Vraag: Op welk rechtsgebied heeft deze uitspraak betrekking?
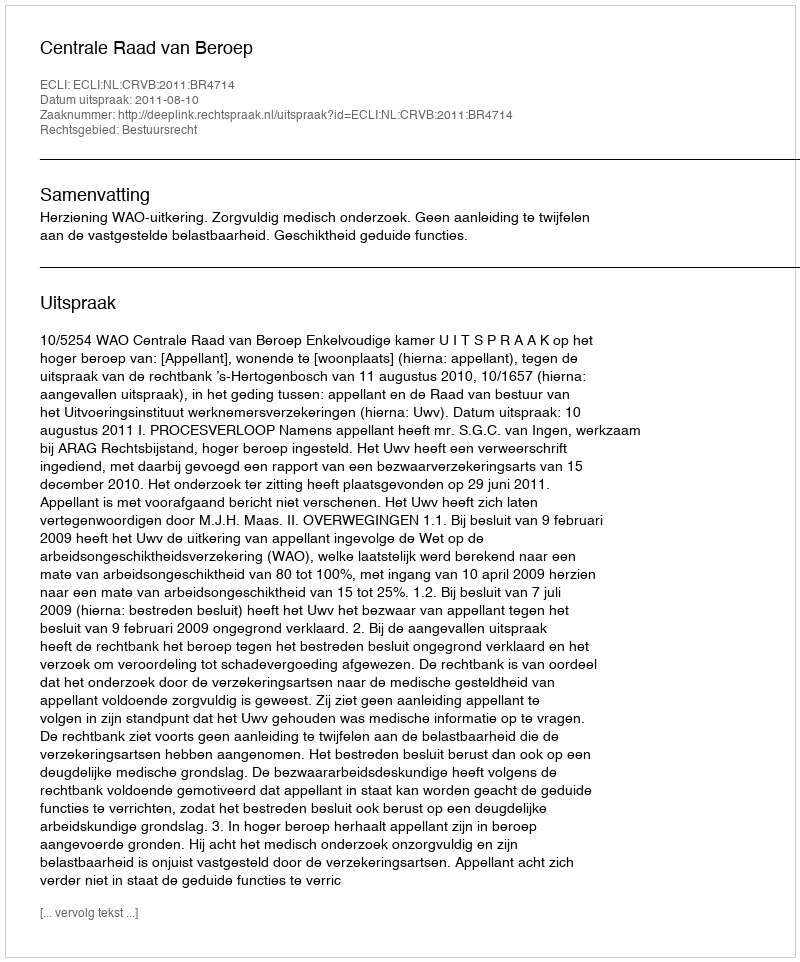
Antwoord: Bestuursrecht